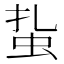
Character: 𧉒